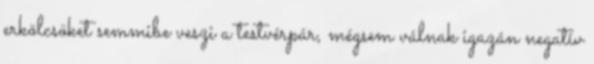
erkölcsöket semmibe veszi a testvérpár, mégsem válnak igazán negatív